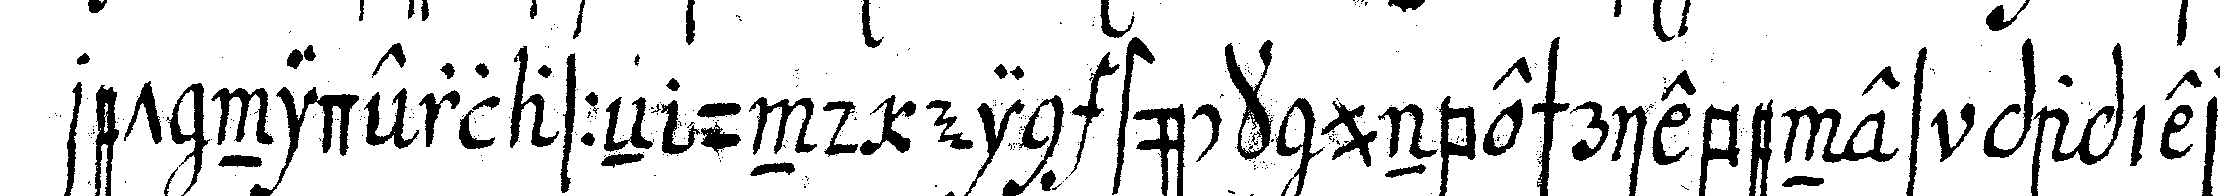
ret niderlasseN und ein stück unbeschriebenes papier